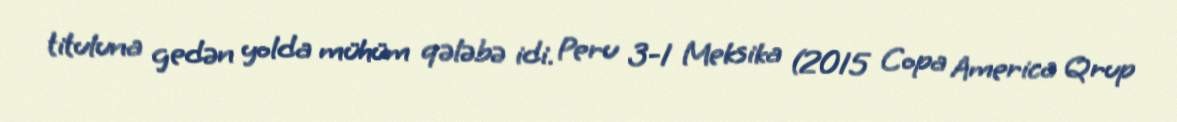
tituluna gedən yolda mühüm qələbə idi. Peru 3-1 Meksika (2015 Copa America Qrup